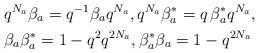
LaTeX: \begin{align*}& q^{N_{a}}\beta_{a}=q^{-1}\beta_{a} q^{N_{a}}, q^{N_{a}}\beta^{*}_{a}=q\,\beta_{a}^{*} q^{N_{a}}, \\ & \beta_{a}\beta_{a}^{*}=1-q^{2}q^{2N_{a}}, \beta_{a}^{*}\beta_{a}=1-q^{2 N_{a}} \end{align*}